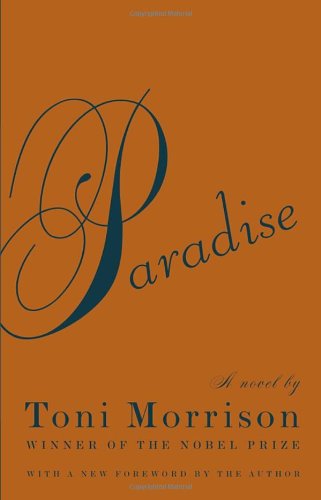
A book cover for Paradise (Vintage International); Toni Morrison; Literature & Fiction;